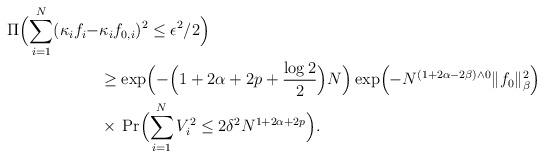
LaTeX: \begin{align*} \Pi\Bigl(\sum_{i=1}^N(\kappa_if_i-&\kappa_if_{0,i})^2 \leq \epsilon^2/2\Bigr)\\ &\geq \exp\Bigl(-\Bigl(1+2\alpha+2p+\frac{\log 2}{2}\Bigr)N\Bigr) \exp\Bigl(-N^{(1+2\alpha-2\beta)\wedge 0}\|f_0\|_\beta^2\Bigr)\\ &\times{} \Pr\Bigl(\sum_{i=1}^N V_i^2 \leq 2\delta^2N^{1+2\alpha+2p}\Bigr).\end{align*}